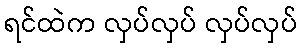
ရင်ထဲက လှပ်လှပ် လှပ်လှပ်